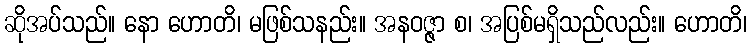
ဆိုအပ်သည်။ နော ဟောတိ၊ မဖြစ်သနည်း။ အနဝဇ္ဇာ စ၊ အပြစ်မရှိသည်လည်း။ ဟောတိ၊